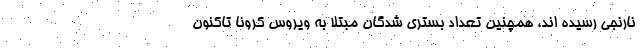
نارنجی رسیده اند، همچنین تعداد بستری شدگان مبتلا به ویروس کرونا تاکنون